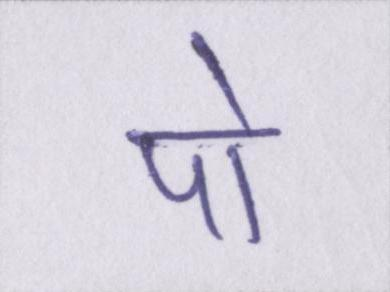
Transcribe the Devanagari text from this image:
पो